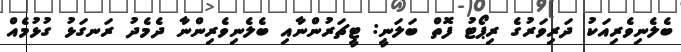
ބެލެނިވެރިއަކު ދަރިވަރުގެ ރިޕޯޓު ފޮތް ބަލަނީ: ޓީޗަރުންނާއި ބެލެނިވެރިންނާ ދެމެދު ރަނގަޅު ގުޅުމެއް